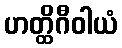
ဟတ္ထိဂီဝါယံ